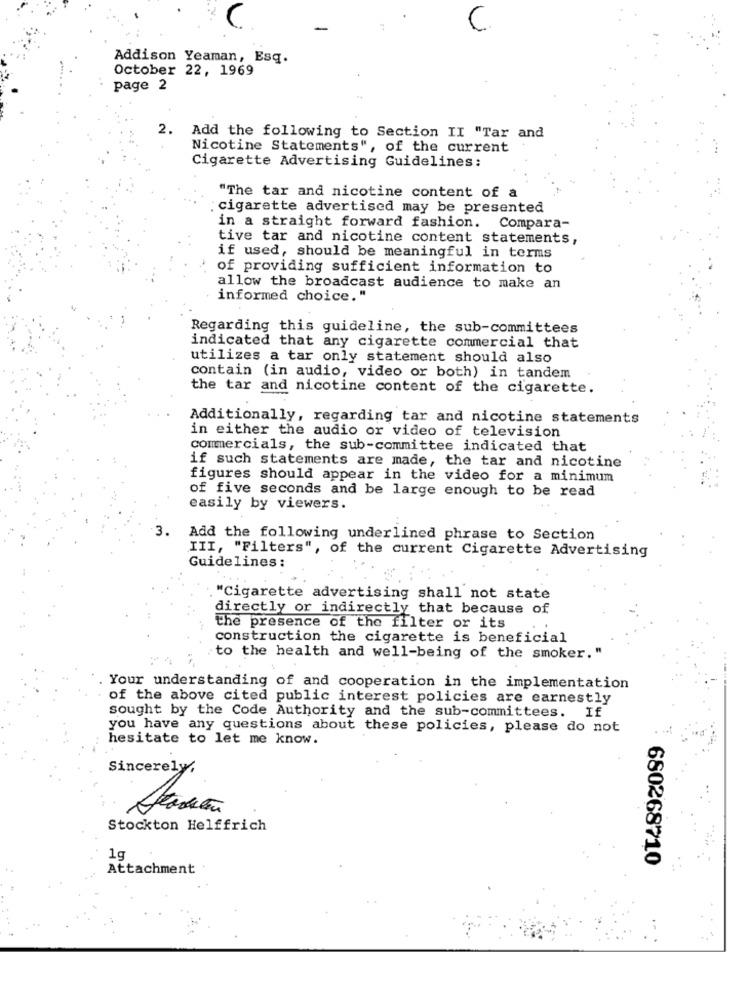
Addison Yeaman, Esq.
October 22, 1969
page 2
2.
Add the following to Section II "Tar and
Nicotine Statements", of the current
Cigarette Advertising Guidelines:
"The tar and nicotine content of a
cigarette advertised may be presented
in a straight forward fashion. Compara-
tive tar and nicotine content statements,
if used, should be meaningful in terms
of providing sufficient information to
allow the broadcast audience to make an
informed choice."
Regarding this guideline, the sub-committees
indicated that any cigarette commercial that
utilizes a tar only statement should also
contain (in audio, video or both) in tandem
the tar and nicotine content of the cigarette.
Additionally, regarding tar and nicotine statements
in either the audio or video of television
commercials, the sub-committee indicated that
if such statements are made, the tar and nicotine
figures should appear in the video for a minimum
of five seconds and be large enough to be read
easily by viewers.
3.
Add the following underlined phrase to Section
III, "Filters", of the current Cigarette Advertising
Guidelines :
"Cigarette advertising shall not state
directly or indirectly that because of
the presence of the filter or its
construction the cigarette is beneficial
to the health and well-being of the smoker."
Your understanding of and cooperation in the implementation
of the above cited public interest policies are earnestly
sought by the Code Authority and the sub-committees. If
you have any questions about these policies, please do not
hesitate to let me know.
Sincerely.
Stockton Helffrich
1g
680268710
Attachment.